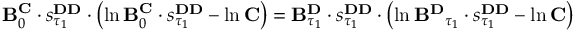
\begin{array} { r } { \mathbf { B } _ { 0 } ^ { \mathbf { C } } \cdot s _ { \tau _ { 1 } } ^ { \mathbf { D D } } \cdot \left( \ln \mathbf { B } _ { 0 } ^ { \mathbf { C } } \cdot s _ { \tau _ { 1 } } ^ { \mathbf { D D } } - \ln \mathbf { C } \right) = \mathbf { B } _ { \tau _ { 1 } } ^ { \mathbf { D } } \cdot s _ { \tau _ { 1 } } ^ { \mathbf { D D } } \cdot \left( \ln \mathbf { B ^ { \mathbf { D } } } _ { \tau _ { 1 } } \cdot s _ { \tau _ { 1 } } ^ { \mathbf { D D } } - \ln \mathbf { C } \right) } \end{array}